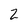
Character: 2